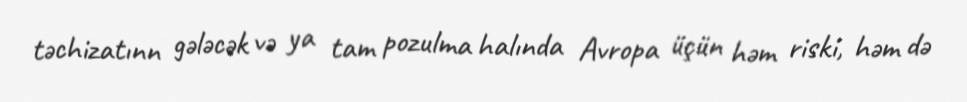
təchizatınn gələcək və ya tam pozulma halında Avropa üçün həm riski, həm də